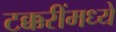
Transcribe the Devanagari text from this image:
टक्करींमध्ये